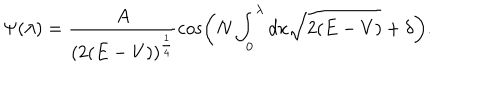
LaTeX: \Psi ( \lambda ) = \frac { A } { ( 2 ( E - V ) ) ^ { \frac { 1 } { 4 } } } \cos \left( N \int _ { 0 } ^ { \lambda } d x \sqrt { 2 ( E - V ) } + \delta \right) .